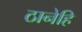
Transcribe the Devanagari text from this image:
ठानेहि